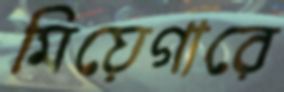
মিয়েগারে